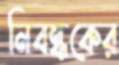
নিবন্ধকের